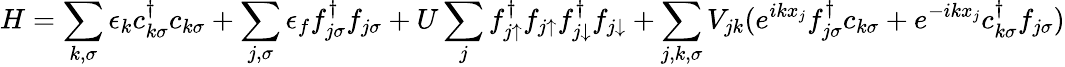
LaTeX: H=\sum_{k,\sigma}\epsilon_{k}c_{k\sigma}^{\dagger}c_{k\sigma}+\sum_{j,\sigma}\epsilon_{f}f_{j\sigma}^{\dagger}f_{j\sigma}+U\sum_{j}f_{j\uparrow}^{\dagger}f_{j\uparrow}f_{j\downarrow}^{\dagger}f_{j\downarrow}+\sum_{j,k,\sigma}V_{jk}(e^{ikx_{j}}f_{j\sigma}^{\dagger}c_{k\sigma}+e^{-ikx_{j}}c_{k\sigma}^{\dagger}f_{j\sigma})